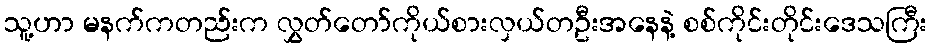
သူ့ဟာ မနက်ကတည်းက လွှတ်တော်ကိုယ်စားလှယ်တဦးအနေနဲ့ စစ်ကိုင်းတိုင်းဒေသကြီး